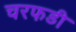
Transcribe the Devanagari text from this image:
चरफडी